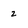
Character: 2